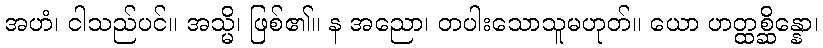
အဟံ၊ ငါသည်ပင်။ အသ္မိ၊ ဖြစ်၏။ န အညော၊ တပါးသောသူမဟုတ်။ ယော ဟတ္ထစ္ဆိန္နော၊